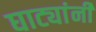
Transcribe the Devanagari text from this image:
घाट्यांनी